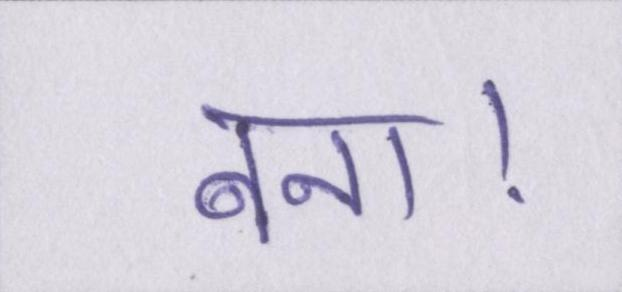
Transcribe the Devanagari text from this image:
बना।